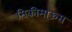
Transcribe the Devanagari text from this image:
मिकीमाऊस